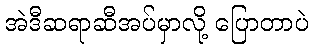
အဲဒီဆရာဆီအပ်မှာလို့ ပြောတာပဲ